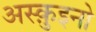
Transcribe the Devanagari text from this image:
अस्क़ुइनो